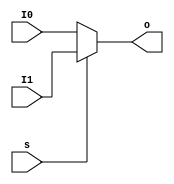
`timescale 1ns / 1ps
//////////////////////////////////////////////////////////////////////////////////
// Company: 
// Engineer: 
// 
// Design Name: 
// Module Name:    MUX2T1_8 
// Project Name: 
// Target Devices: 
// Tool versions: 
// Description: 
//
// Dependencies: 
//
// Revision: 
// Revision 0.01 - File Created
// Additional Comments: 
//
//////////////////////////////////////////////////////////////////////////////////
module   MUX2T1_5(input[4:0]I0,
						input[4:0]I1,
						input s,
						output[4:0]o
						);
			assign o = s ? I1 : I0;			////52,I0I101

endmodule